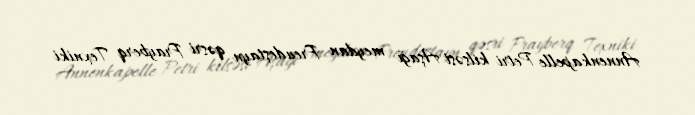
Annenkapelle Petri kilsəsi Aşağı meydan Freudeştayn qəsri Frayberq Texniki